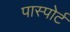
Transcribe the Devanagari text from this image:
पास्पोर्ट